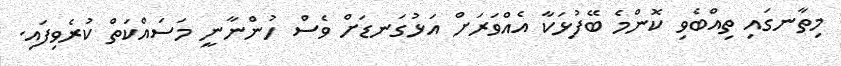
މިތާނގައި ތިއްބެވި ކޮންމެ ބޭފުޅަކާ އެއްވަރަށް އަޅުގަނޑަށް ވެސް ހުންނާނީ މަސައްކަތް ކުރެވިފައި.